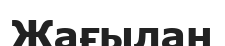
Жағылан